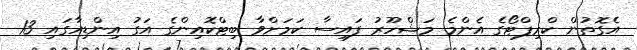
އެގޮތުން ކްރިޕްޓޯގެ އެންމެ މަޝްހޫރު ފައިސާ ކަމަށްވާ ބިޓްކޮއިންގެ އަގު އިންޑިއާގައި 13